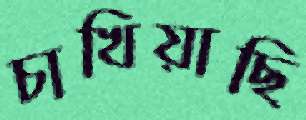
চাখিয়াছি